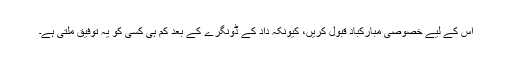
اس کے لیے خصوصی مبارکباد قبول کریں، کیونکہ داد کے ڈونگرے کے بعد کم ہی کسی کو یہ توفیق ملتی ہے۔